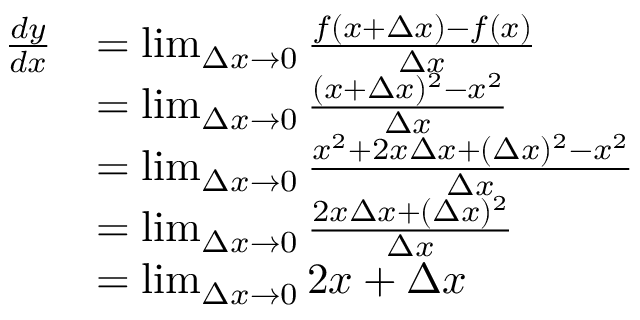
{ \begin{array} { r l } { { \frac { d y } { d x } } } & { = \operatorname* { l i m } _ { \Delta x \to 0 } { \frac { f ( x + \Delta x ) - f ( x ) } { \Delta x } } } \\ & { = \operatorname* { l i m } _ { \Delta x \to 0 } { \frac { ( x + \Delta x ) ^ { 2 } - x ^ { 2 } } { \Delta x } } } \\ & { = \operatorname* { l i m } _ { \Delta x \to 0 } { \frac { x ^ { 2 } + 2 x \Delta x + ( \Delta x ) ^ { 2 } - x ^ { 2 } } { \Delta x } } } \\ & { = \operatorname* { l i m } _ { \Delta x \to 0 } { \frac { 2 x \Delta x + ( \Delta x ) ^ { 2 } } { \Delta x } } } \\ & { = \operatorname* { l i m } _ { \Delta x \to 0 } 2 x + \Delta x } \end{array} }